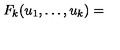
F _ { k } ( u _ { 1 } , \dots , u _ { k } ) =